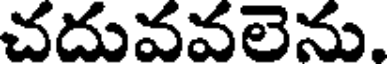
చదువవలెను,